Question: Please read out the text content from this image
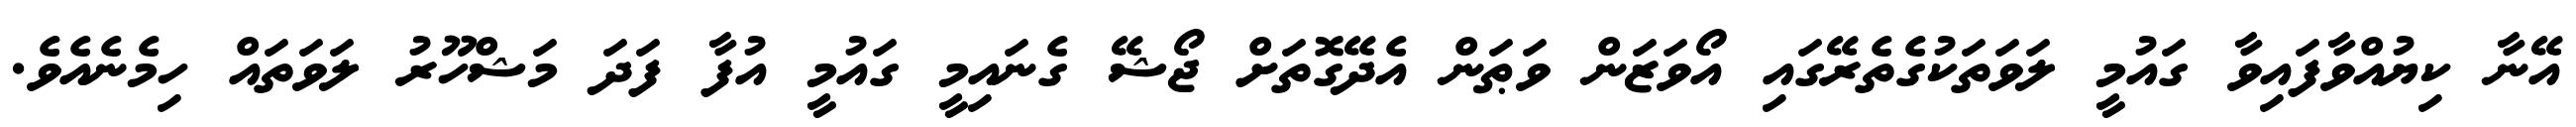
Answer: އޭނާ ކިޔުއްވާފައިވާ ގައުމީ ލަވަތަކުގެތެރޭގައި އޯވަޒަން ވަޠަން އެދޭގޮތަށް ޖޯޝޭ ގެނައިމީ ގައުމީ އުފާ ފަދަ މަޝްހޫރު ލަވަތައް ހިމެނެއެވެ.